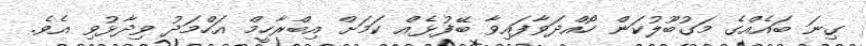
ގިނަ ބައެއްގެ މަގުބޫލުކަން ހޯއްދަވާފައިވާ ބޭފުޅެއް ކަމަށް އިބްރާހީމް އަހްމަދު ވިދާޅުވި އެވެ.